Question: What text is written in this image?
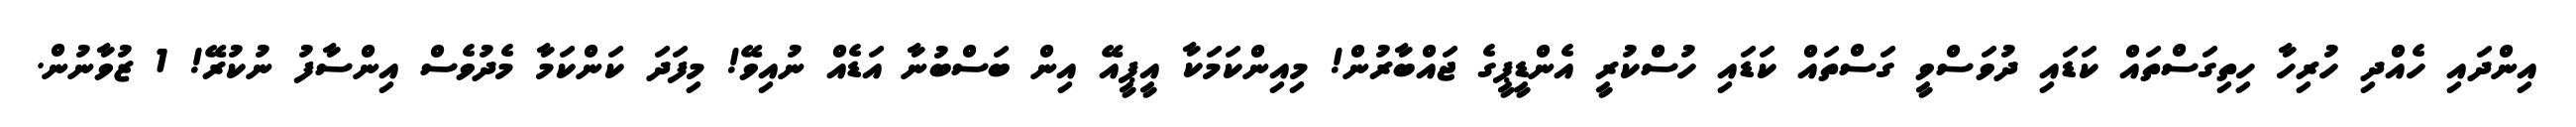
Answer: އިންދައި ހެއްދި ހުރިހާ ހިތިގަސްތައް ކަޑައި ދުވަސްވީ ގަސްތައް ކަޑައި ހުސްކުރީ އެންޑީޕީގެ ޖައްބާރުން! މިއިންކަމަކާ އީޕީއޭ އިން ބަސްބުނާ އަޑެއް ނުއިވޭ! މިފަދަ ކަންކަމާ މެދުވެސް އިންސާފު ނުކުރޭ! 1 ޒުވާނުން.